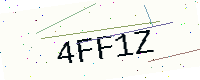
Text: 4FF1Z